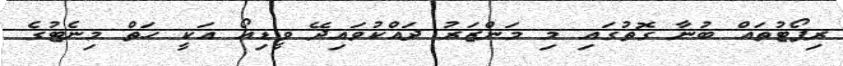
ރިޕޯޓުތައް ބުނާ ގޮތުގައި މި މަންޒަރު ދައްކުވައިދޭ ވީޑިއޯ އަކީ ހަތް މިނެޓުގެ